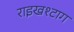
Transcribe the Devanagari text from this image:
राइखश्टाग